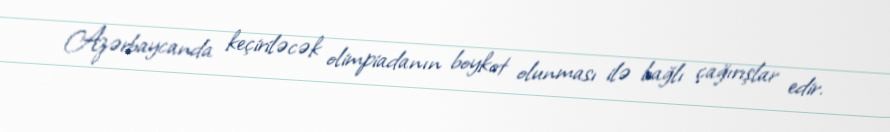
Azərbaycanda keçiriləcək olimpiadanın boykot olunması ilə bağlı çağırışlar edir.